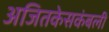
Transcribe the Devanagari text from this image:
अजितकेसकंबली